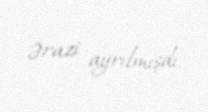
ərazi ayrılmışdı.